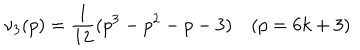
\nu _ { 3 } ( p ) = \frac { 1 } { 1 2 } ( p ^ { 3 } - p ^ { 2 } - p - 3 ) ~ ( p = 6 k + 3 )